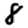
Digit: 8